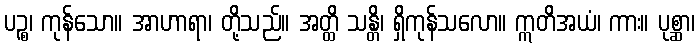
ပဉ္စ၊ ကုန်သော။ အာဟာရာ၊ တို့သည်။ အတ္ထိ သန္တိ၊ ရှိကုန်သလော။ ဣတိအယံ၊ ကား။ ပုစ္ဆာ၊